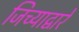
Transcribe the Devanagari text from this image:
जिच्याद्वारे